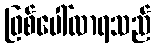
ဖြစ်ပေါ်လာရသည်